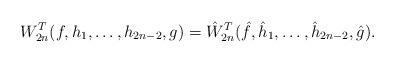
LaTeX: \begin{align*}W_{2n}^T(f,h_1,\ldots,h_{2n-2},g)=\hat W_{2n}^T(\hat f,\hat h_1,\ldots,\hat h_{2n-2},\hat g).\end{align*}